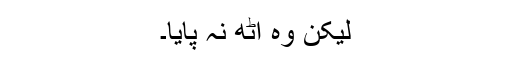
لیکن وہ اٹھ نہ پایا۔